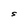
Character: S